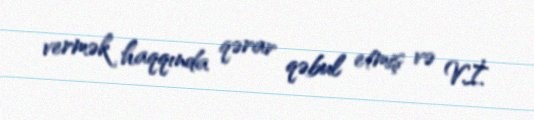
vermək haqqında qərar qəbul etmiş və V.İ.